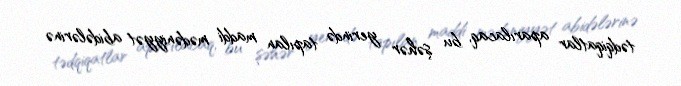
tədqiqatlar aparılacaq, bu şəhər yerində tapılan maddi mədəniyyət abidələrinə